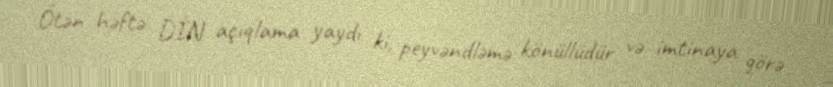
Ötən həftə DİN açıqlama yaydı ki, peyvəndləmə könüllüdür və imtinaya görə